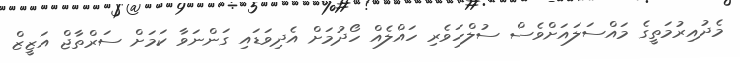
މެދުއިރުމަތީގެ މައްސަލައަށްވެސް ސުލްހަވެރި ހައްލެއް ހޯދުމަށް އެދިވަޑައި ގަންނަވާ ކަމަށް ސަރްތާޖް އަޒީޒް